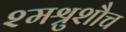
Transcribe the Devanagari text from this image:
श्मश्रुशौच